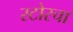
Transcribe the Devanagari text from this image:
स्टोरचा